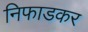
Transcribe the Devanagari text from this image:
निफाडकर